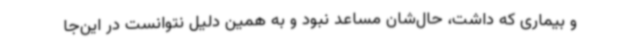
و بیماری که داشت، حال‌شان مساعد نبود و به همین دلیل نتوانست در این‌جا